Civil Veterinary Department Bihar & Orissa reports 1929-36 - 1929-1936
Year: 1929
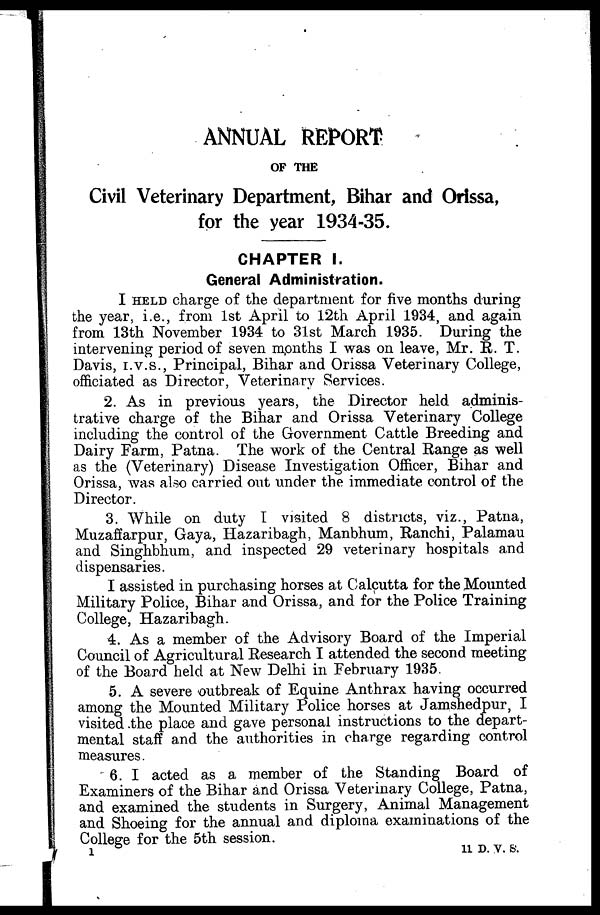
ANNUAL REPORT
OF THE
Civil Veterinary Department, Bihar and Orissa,
for the year 1934-35.
CHAPTER I.
General Administration.
I HELD charge of the department for five months during
the year, i.e., from 1st April to 12th April 1934, and again
from 13th November 1934 to 31st March 1935. During the
intervening period of seven months I was on leave, Mr. R. T.
Davis, I.V.S., Principal, Bihar and Orissa Veterinary College,
officiated as Director, Veterinary Services.
2. As in previous years, the Director held adminis-
trative charge of the Bihar and Orissa Veterinary College
including the control of the Government Cattle Breeding and
Dairy Farm, Patna. The work of the Central Range as well
as the (Veterinary) Disease Investigation Officer, Bihar and
Orissa, was also carried out under the immediate control of the
Director.
3. While on duty 1 visited 8 districts, viz., Patna,
Muzaffarpur, Gaya, Hazaribagh, Manbhum, Ranchi, Palamau
and Singhbhum, and inspected 29 veterinary hospitals and
dispensaries.
I assisted in purchasing horses at Calcutta for the Mounted
Military Police, Bihar and Orissa, and for the Police Training
College, Hazaribagh.
4. As a member of the Advisory Board of the Imperial
Council of Agricultural Research I attended the second meeting
of the Board held at New Delhi in February 1935.
5. A severe outbreak of Equine Anthrax having occurred
among the Mounted Military Police horses at Jamshedpur, I
visited the place and gave personal instructions to the depart-
mental staff and the authorities in charge regarding control
measures.
6. I acted as a member of the Standing Board of
Examiners of the Bihar and Orissa Veterinary College, Patna,
and examined the students in Surgery, Animal Management
and Shoeing for the annual and diploma examinations of the
College for the 5th session.
11 D. V. S.